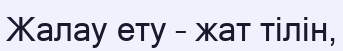
Жалау ету – жат тілін,